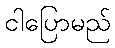
ငါပြောမည်